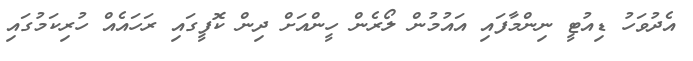
އެދުވަހު ޑިއުޓީ ނިންމާފައި އައުމުން ލޯރެން ހީންއަށް ދިން ކޮފީގަައި ރަހައެއް ހުރިކަމުގައި